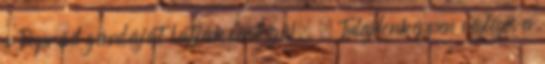
a Poprád gárdáját látják vendégül. – Tulajdonképpen végleges a